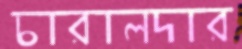
চারালদার